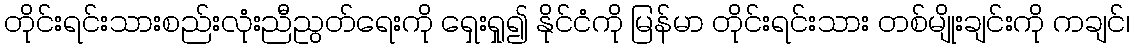
တိုင်းရင်းသားစည်းလုံးညီညွတ်ရေးကို ရှေးရှု၍ နိုင်ငံကို မြန်မာ တိုင်းရင်းသား တစ်မျိုးချင်းကို ကချင်၊